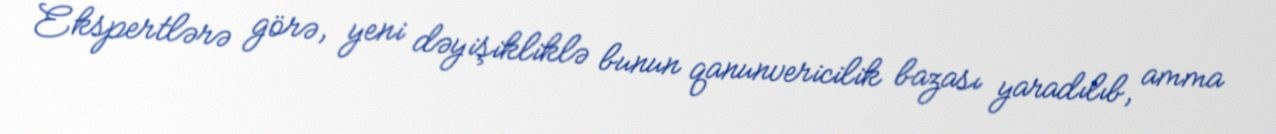
Ekspertlərə görə, yeni dəyişikliklə bunun qanunvericilik bazası yaradılıb, amma